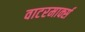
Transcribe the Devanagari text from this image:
वाटरमार्क्स